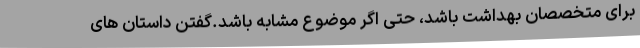
برای متخصصان بهداشت باشد، حتی اگر موضوع مشابه باشد.گفتن داستان های